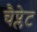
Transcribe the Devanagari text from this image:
चैप्लेट